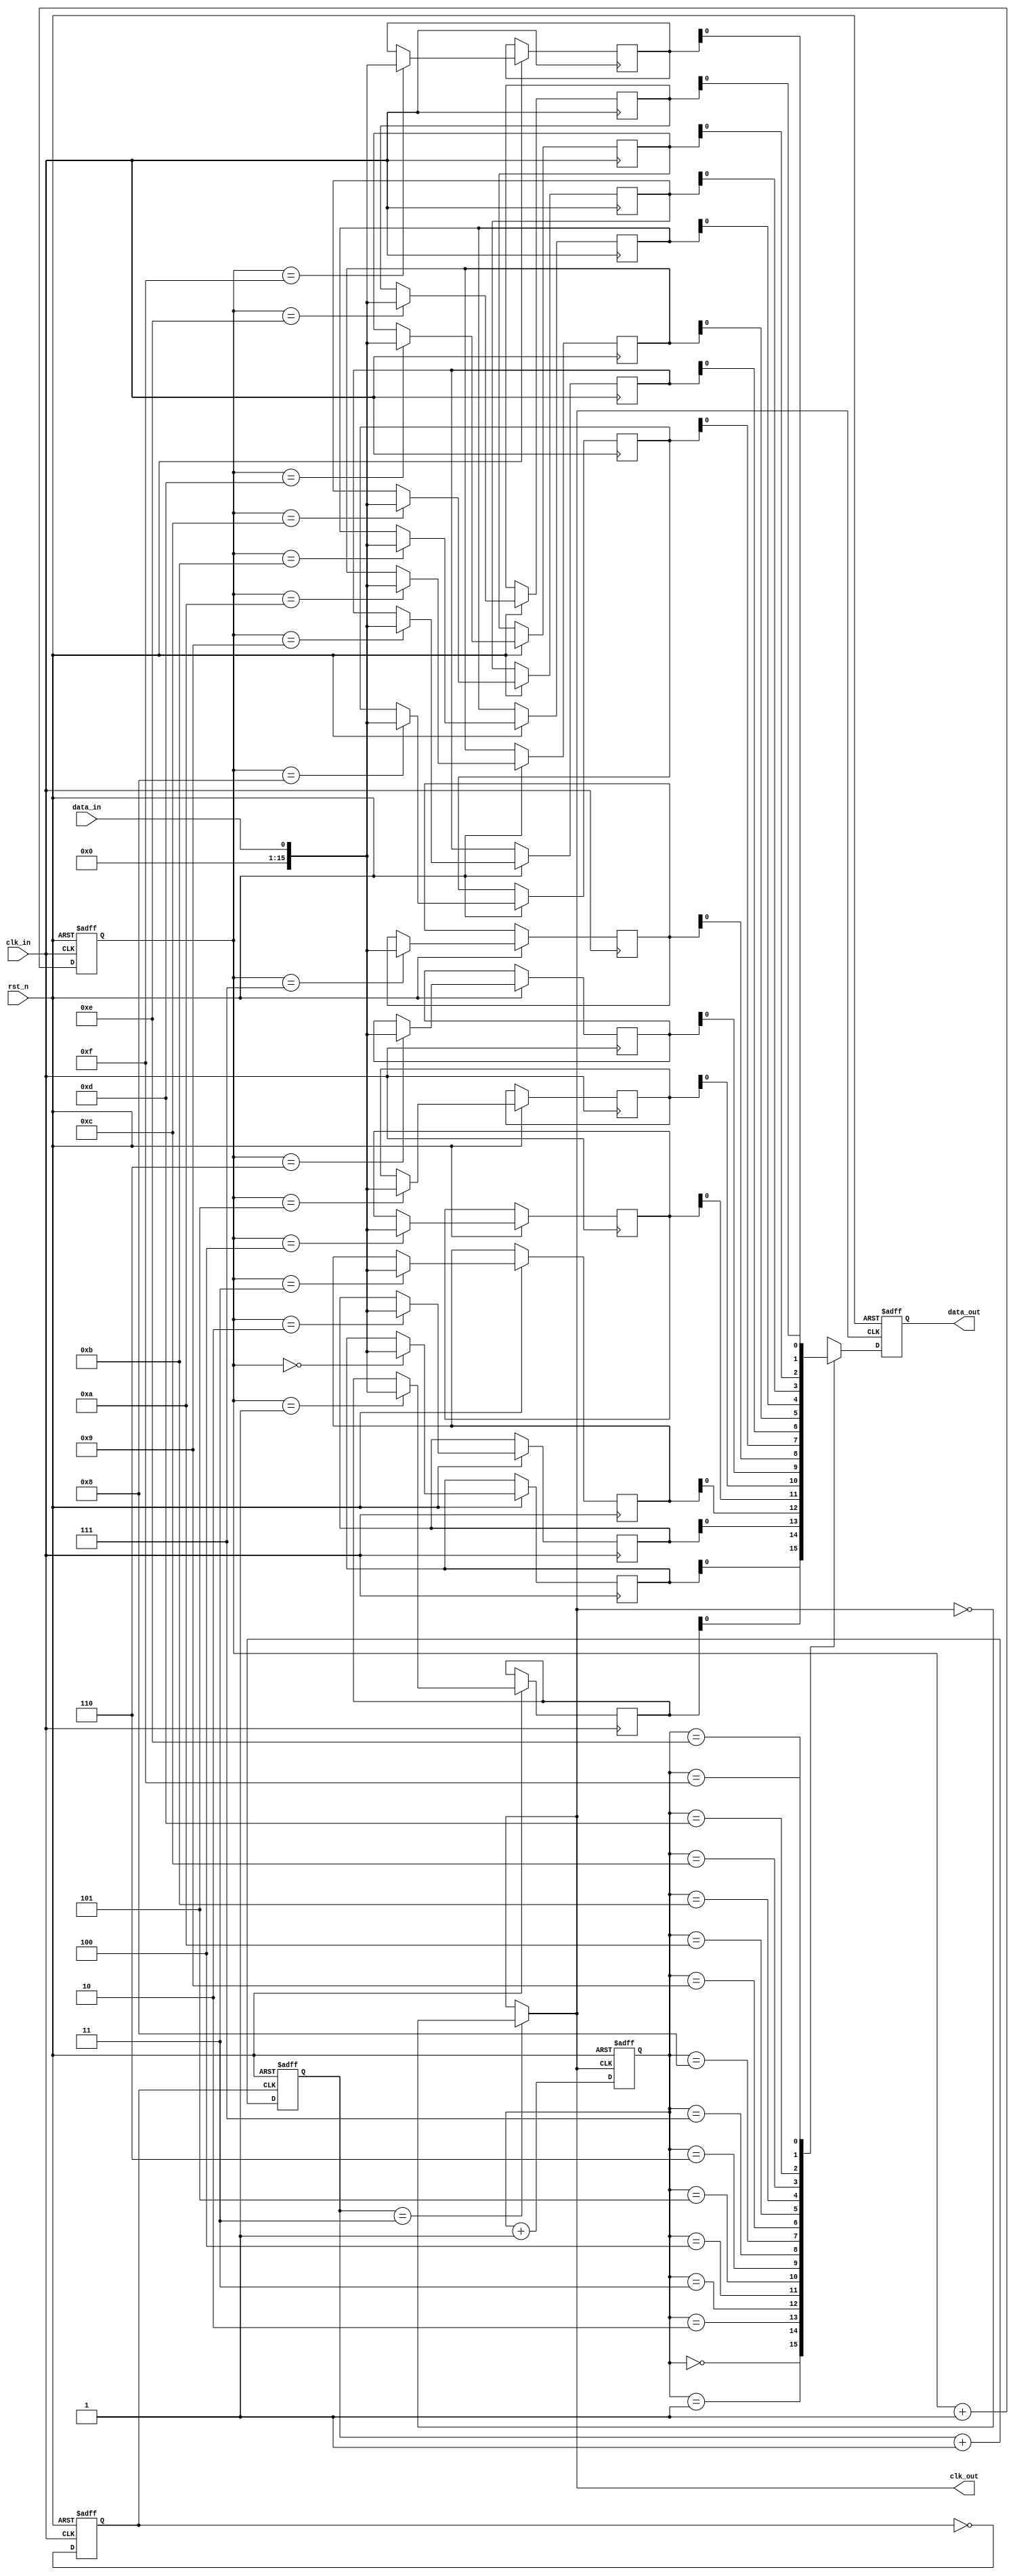
module pll_synchronizer (
    input wire clk_in,          // Incoming data clock
    input wire rst_n,          // Active low reset
    input wire data_in,        // Incoming data
    output wire clk_out,       // Output synchronized clock
    output wire data_out       // Synchronized data output
);

// Parameters
parameter DIV_FACTOR = 4;    // Divider factor for VCO output
parameter FIFO_DEPTH = 16;    // Depth of the FIFO

// Phase Detector (PD)
reg [1:0] phase_error; // 2-bit error signal
always @(posedge clk_in or negedge rst_n) begin
    if (!rst_n) begin
        phase_error <= 2'b00;
    end else begin
        // Simple phase detection logic (to be refined)
        // Compare phase of clk_in with clk_out
        if (clk_in && !clk_out) phase_error <= 2'b01; // Phase leading
        else if (!clk_in && clk_out) phase_error <= 2'b10; // Phase lagging
        else phase_error <= 2'b00; // Aligned
    end
end

// Loop Filter (PI Controller)
reg [7:0] control_signal; // Control signal for VCO
always @(posedge clk_in or negedge rst_n) begin
    if (!rst_n) begin
        control_signal <= 8'b0;
    end else begin
        // Simple PI control logic (to be refined)
        control_signal <= control_signal + phase_error[0] - phase_error[1];
    end
end

// Voltage-Controlled Oscillator (VCO)
reg vco_clk;
always @(posedge clk_in or negedge rst_n) begin
    if (!rst_n) begin
        vco_clk <= 1'b0;
    end else begin
        // Simple VCO logic (to be refined)
        vco_clk <= ~vco_clk; // Toggle VCO clock
    end
end

// Divider
reg [1:0] clk_div_counter;
always @(posedge vco_clk or negedge rst_n) begin
    if (!rst_n) begin
        clk_div_counter <= 2'b00;
    end else begin
        clk_div_counter <= clk_div_counter + 1;
    end
end

assign clk_out = (clk_div_counter == DIV_FACTOR - 1) ? ~clk_out : clk_out;

// Clock Buffer
wire buffered_clk_out;
assign buffered_clk_out = clk_out; // Buffering logic (to be refined)

// Synchronization FIFO
reg [FIFO_DEPTH-1:0] fifo [0:FIFO_DEPTH-1];
reg [3:0] write_ptr, read_ptr;
always @(posedge clk_in or negedge rst_n) begin
    if (!rst_n) begin
        write_ptr <= 4'b0;
    end else begin
        // Write data into FIFO
        fifo[write_ptr] <= data_in;
        write_ptr <= write_ptr + 1;
    end
end

// Read from FIFO in destination clock domain
always @(posedge buffered_clk_out or negedge rst_n) begin
    if (!rst_n) begin
        read_ptr <= 4'b0;
        data_out <= 1'b0;
    end else begin
        // Read data from FIFO
        data_out <= fifo[read_ptr];
        read_ptr <= read_ptr + 1;
    end
end

// Meta-stability Handling (2-stage flip-flop)
reg sync_ff1, sync_ff2;
always @(posedge clk_in or negedge rst_n) begin
    if (!rst_n) begin
        sync_ff1 <= 1'b0;
        sync_ff2 <= 1'b0;
    end else begin
        sync_ff1 <= data_in;
        sync_ff2 <= sync_ff1;
    end
end

endmodule